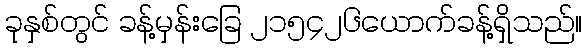
ခုနှစ်တွင် ခန့်မှန်းခြေ ၂၁၅၄၂၆ယောက်ခန့်ရှိသည်။